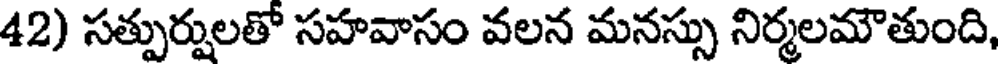
42) సత్పుర్షులతో సహవాసం వలన మనస్సు నిర్మలమౌతుంది,